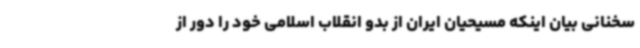
سخنانی بیان اینکه مسیحیان ایران از بدو انقلاب اسلامی خود را دور از